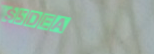
$5Deal